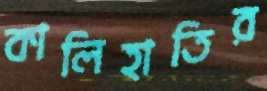
কালিহাতির